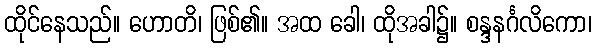
ထိုင်နေသည်။ ဟောတိ၊ ဖြစ်၏။ အထ ခေါ၊ ထိုအခါ၌။ စန္ဒနင်္ဂလိကော၊